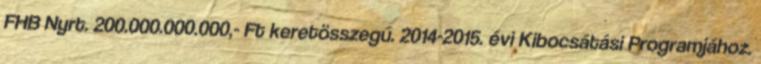
FHB Nyrt. 200.000.000.000,- Ft keretösszegű. 2014-2015. évi Kibocsátási Programjához.